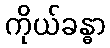
ကိုယ်ခန္ဓာ